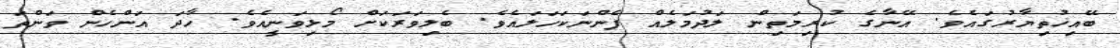
ބޭއިޚުތިޔާރުގައެވެ. އޭނާގެ ކުރިމަތިން ލަދުމަލެއް ފެންނަކަހަލައެވެ. ބެލިވަރަކަށް މޯޅިވަނީއެވެ. ހާދަ އަންހެން ވަންތަ